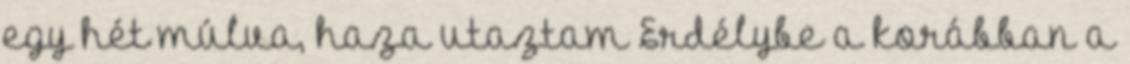
egy hét múlva, haza utaztam Erdélybe a korábban a